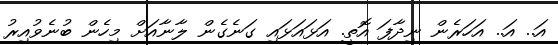
އަ.. އަ.. އަހަރެން ނިދާފަ އޮތީ. އަޅައަޅައި ގަނެގެން ލާނާއަށް މިހެން ބުނެވުއިރު